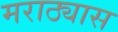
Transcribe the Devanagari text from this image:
मराठ्यास